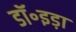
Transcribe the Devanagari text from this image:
डॉ॰इड़ा